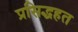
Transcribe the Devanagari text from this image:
प्रसिद्धहत